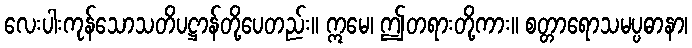
လေးပါးကုန်သောသတိပဋ္ဌာန်တို့ပေတည်း။ ဣမေ၊ ဤတရားတို့ကား။ စတ္တာရောသမပ္ပဓာနာ၊